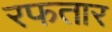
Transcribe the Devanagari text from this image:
रफतार